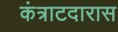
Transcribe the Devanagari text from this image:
कंत्राटदारास